Report of the Indian Hemp Drugs Commission, 1894-1895 - Volume V
Year: 1894
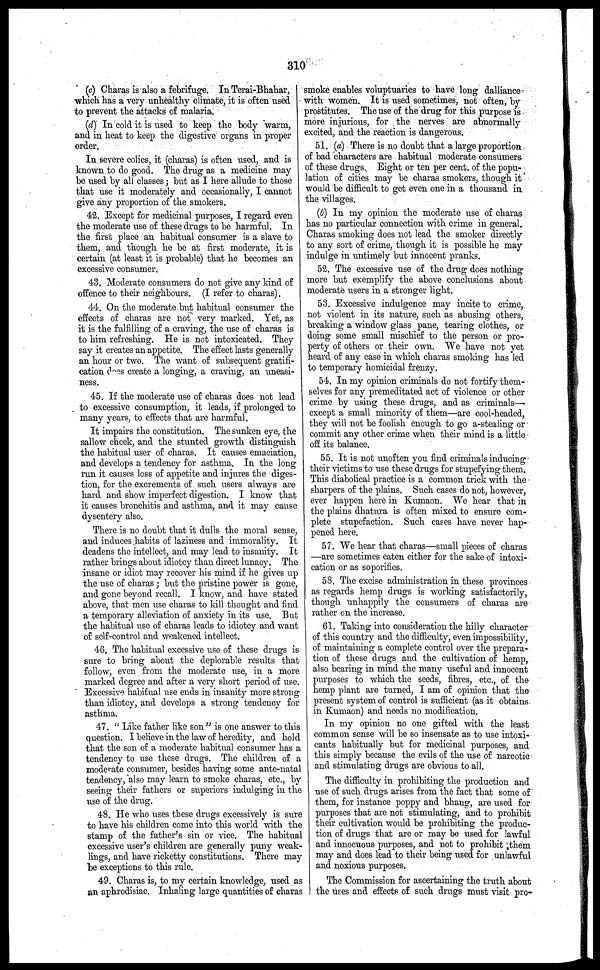
310
(c) Charas is also a febrifuge. In Terai-Bhahar,
which has a very unhealthy climate, it is often used
to prevent the attacks of malaria.
(d) In cold it is used to keep the body warm,
and in heat to keep the digestive organs in proper
order.
In severe colics, it (charas) is often used, and is
known to do good. The drug as a medicine may
be used by all classes; but as I here allude to those
that use it moderately and occasionally, I cannot
give any proportion of the smokers.
42. Except for medicinal purposes, I regard even
the moderate use of these drugs to be harmful. In
the first place an habitual consumer is a slave to
them, and though he be at first moderate, it is
certain (at least it is probable) that he becomes an
excessive consumer.
43. Moderate consumers do not give any kind of
offence to their neighbours. (I refer to charas).
44. On the moderate but habitual consumer the
effects of charas are not very marked. Yet, as
it is the fulfilling of a craving, the use of charas is
to him refreshing. He is not intoxicated. They
say it creates an appetite. The effect lasts generally
an hour or two. The want of subsequent gratifi-
cation does create a longing, a craving, an uneasi-
ness.
45. If the moderate use of charas does not lead
to excessive consumption, it leads, if prolonged to
many years, to effects that are harmful.
It impairs the constitution. The sunken eye, the
sallow check, and the stunted growth distinguish
the habitual user of charas. It causes emaciation,
and develops a tendency for asthma. In the long
run it causes loss of appetite and injures the diges-
tion, for the excrements of such users always are
hard and show imperfect digestion. I know that
it causes bronchitis and asthma, and it may cause
dysentery also.
There is no doubt that it dulls the moral sense,
and induces habits of laziness and immorality. It
deadens the intellect, and may lead to insanity. It
rather brings about idiotcy than direct lunacy. The
insane or idiot may recover his mind if he gives up
the use of charas; but the pristine power is gone,
and gone beyond recall. I know, and have stated
above, that men use charas to kill thought and find
a temporary alleviation of anxiety in its use. But
the habitual use of charas leads to idiotey and want
of self-control and weakened intellect.
46. The habitual excessive use of these drugs is
sure to bring about the deplorable results that
follow, even from the moderate use, in a more
marked degree and after a very short period of use.
Excessive habitual use ends in insanity more strong
than idiotcy, and develops a strong tendency for
asthma.
47. "Like father like son" is one answer to this
question. I believe in the law of heredity, and hold
that the son of a moderate habitual consumer has a
tendency to use these drugs. The children of a
moderate consumer, besides having some ante-natal
tendency, also may learn to smoke charas, etc., by
seeing their fathers or superiors indulging in the
use of the drug.
48. He who uses these drugs excessively is sure
to have his children come into this world with the
stamp of the father's sin or vice. The habitual
excessive user's children are generally puny weak-
lings, and have ricketty constitutions. There may
be exceptions to this rule.
49. Charas is, to my certain knowledge, used as
an aphrodisiac. Inhaling large quantities of charas
smoke enables voluptuaries to have long dalliance
with women. It is used sometimes, not often, by
prostitutes. The use of the drug for this purpose is
more injurious, for the nerves are abnormally
excited, and the reaction is dangerous.
51. (a) There is no doubt that a large proportion
of bad characters are habitual moderate consumers
of these drugs. Eight or ten per cent. of the popu-
lation of cities may be charas smokers, though it
would be difficult to get even one in a thousand in
the villages.
(b) In my opinion the moderate use of charas
has no particular connection with crime in general.
Charas smoking does not lead the smoker directly
to any sort of crime, though it is possible he may
indulge in untimely but innocent pranks.
52. The excessive use of the drug does nothing
more but exemplify the above conclusions about
moderate users in a stronger light.
53. Excessive indulgence may incite to crime,
not violent in its nature, such as abusing others,
breaking a window glass pane, tearing clothes, or
doing some small mischief to the person or pro-
perty of others or their own. We have not yet
heard of any case in which charas smoking has led
to temporary homicidal frenzy.
54. In my opinion criminals do not fortify them-
selves for any premeditated act of violence or other
crime by using these drugs, and as criminals—
except a small minority of them—are cool-headed,
they will not be foolish enough to go a-stealing or
commit any other crime when their mind is a little
off its balance.
55. It is not unoften you find criminals inducing
their victims to use these drugs for stupefying them.
This diabolical practice is a common trick with the
sharpers of the plains. Such cases do not, however,
ever happen here in Kumaon. We hear that in
the plains dhatura is often mixed to ensure com-
plete stupefaction. Such cases have never hap-
pened here.
57. We hear that charas—small pieces of charas
—are sometimes eaten either for the sake of intoxi-
cation or as soporifics.
58. The excise administration in these provinces
as regards hemp drugs is working satisfactorily,
though unhappily the consumers of charas are
rather on the increase.
61. Taking into consideration the hilly character
of this country and the difficulty, even impossibility,
of maintaining a complete control over the prepara-
tion of these drugs and the cultivation of hemp,
also bearing in mind the many useful and innocent
purposes to which the seeds, fibres, etc., of the
hemp plant are turned, I am of opinion that the
present system of control is sufficient (as it obtains
in Kumaon) and needs no modification.
In my opinion no one gifted with the least
common sense will be so insensate as to use intoxi-
cants habitually but for medicinal purposes, and
this simply because the evils of the use of narcotic
and stimulating drugs are obvious to all.
The difficulty in prohibiting the production and
use of such drugs arises from the fact that some of
them, for instance poppy and bhang, are used for
purposes that are not stimulating, and to prohibit
their cultivation would be prohibiting the produc-
tion of drugs that are or may be used for lawful
and innocuous purposes, and not to prohibit them
may and does lead to their being used for unlawful
and noxious purposes.
The Commission for ascertaining the truth about
the uses and effects of such drugs must visit pro-